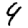
Digit: 4